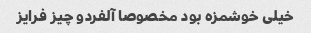
خیلی خوشمزه بود مخصوصا آلفردو چیز فرایز